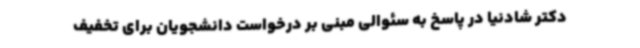
دکتر شادنیا در پاسخ به سئوالی مبنی بر درخواست دانشجویان برای تخفیف